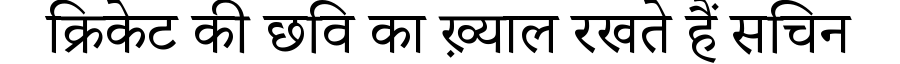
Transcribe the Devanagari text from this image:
क्रिकेट की छवि का ख़्याल रखते हैं सचिन